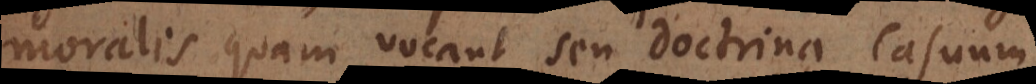
moralis quam vocant seu Doctrina Casuum